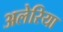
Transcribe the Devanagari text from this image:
अलेरिया